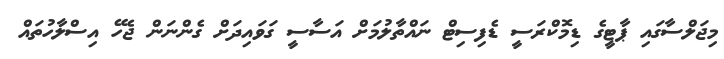
މިޖަލްސާގައި ޕާޓީގެ ޑިމޮކްރަސީ ޑެފިސިޓް ނައްތާލުމަށް އަސާސީ ގަވައިދަށް ގެންނަން ޖެހޭ އިސްލާހުތައް